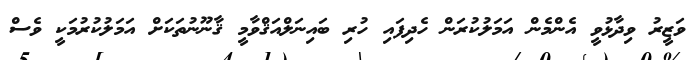
ވަޒީރު ވިދާޅުވީ އެންމެން އަމަލުކުރަން ހެދިފައި ހުރި ބައިނަލްއަޤްވާމީ ޤާނޫނުތަކަށް އަމަލުކުރުމަކީ ވެސް